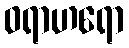
ဝရာဟရော